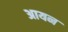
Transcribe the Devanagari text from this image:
अायन